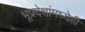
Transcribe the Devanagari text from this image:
भूप्रदेशांमध्येही